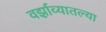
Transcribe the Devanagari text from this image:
वर्झाव्यातल्या